Vaccination returns of the Province of Eastern Bengal and Assam - 1905-1912
Year: 1905
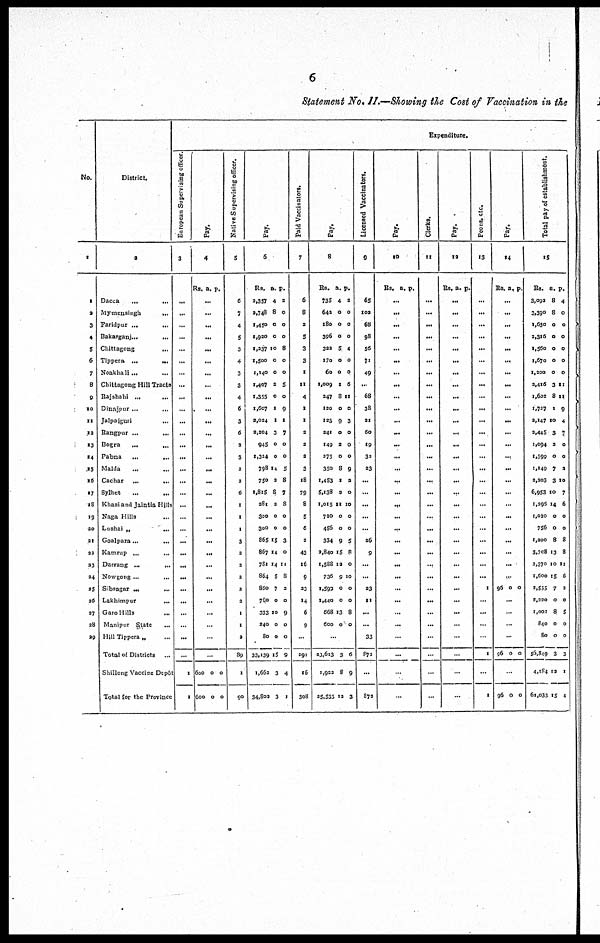
6
Statement No. II.—Showing the Cost of Vaccination in the
No.
1
1
2
3
4
5
6
7
8
9
10
11
12
13
14
15
16
17
18
19
20
21
22
23
24
25
26
27
28
29
District.
2
Dacca
...
...
Mymensingh
...
Faridpur ...
...
Bakarganj...
...
Chittagong
...
Tippera ...
...
Noakhali... ...
Chittagong Hill Tracts
Rajshahi ... ...
Dinajpur...
...
Jalpaiguri ...
Rangpur ...
...
Bogra
...
...
Pabna
...
...
Malda
...
Cachar ...
...
Sylhet
...
Khasi and Jaintia Hills
Naga Hills ...
Lushai „
...
Goalpara...
Kamrup ...
...
Darrang ...
...
Nowgong ... ...
Sibsagar ... ...
Lakhimpur
...
Garo Hills ...
Manipur State
...
Hill Tippera „ ...
Total of Districts ...
Shillong Vaccine Depôt
Total for the Province
Expenditure.
European Supervising officer.
3
...
...
...
...
...
...
...
...
...
...
...
...
...
...
...
...
...
...
...
...
...
...
...
...
...
...
...
...
...
...
1
1
Pay.
4
Rs. a. p.
...
...
...
...
...
...
...
...
...
...
...
...
...
...
...
...
...
...
...
...
...
...
...
...
...
...
...
...
...
...
600
600
0
0
0
0
Native Supervising officer.
5
6
7
4
5
3
4
3
3
4
6
3
6
3
3
2
3
6
1
1
1
3
2
2
2
2
2
1
1
2
89
1
90
Pay.
6
Rs.
2,357
2,748
1,450
1,920
1,237
1,500
1,140
1,407
1,355
1,607
2,034
2,304
945
1,324
798
750
1,815
281
300
300
865
867
781
864
860
780
333
240
80
33,139
1,662
34,802
a.
4
8
0
0
10
0
0
2
0
1
1
3
0
0
14
2
8
3
0
0
15
14
14
5
7
0
10
0
0
15
3
3
p.
2
0
0
0
8
0
0
5
0
9
1
7
0
0
5
8
7
8
0
0
3
0
11
8
2
0
9
0
0
9
4
1
Paid Vaccinators.
7
6
8
2
5
3
3
1
11
4
1
1
2
2
2
3
18
79
8
5
6
2
43
16
9
23
14
6
9
...
292
16
308
Pay.
8
Rs.
735
642
180
396
322
170
60
1,009
247
120
123
241
149
275
350
1,453
5,138
1,015
720
456
334
2,840
1,588
736
1,599
1,440
668
600
a.
4
0
0
0
5
0
0
1
8
0
9
0
2
0
8
1
2
11
0
0
9
15
12
9
0
0
13
0
p.
2
0
0
0
4
0
0
6
11
0
3
0
0
0
9
2
0
10
0
0
5
8
0
10
0
0
8
0
...
23,613
1,922
25,535
3
8
12
6
9
3
Licensed Vaccinators.
9
65
102
68
98
56
71
49
...
68
38
21
60
19
32
23
...
...
...
...
...
26
9
...
...
23
11
...
...
33
872
...
872
Pay.
10
Rs. a. p.
...
...
...
...
...
...
...
...
...
...
...
...
...
...
...
...
...
...
...
...
...
...
...
...
...
...
...
...
...
...
...
...
Clerks.
11
...
...
...
...
...
...
...
...
...
...
...
...
...
...
...
...
...
...
...
...
...
...
...
...
...
...
...
...
...
...
...
...
Pay.
12
Rs. a. p.
...
...
...
...
...
...
...
...
...
...
...
...
...
...
...
...
...
...
...
...
...
...
...
...
...
...
...
...
...
...
...
...
Peons, etc.
13
...
...
...
...
...
...
...
...
...
...
...
...
...
...
...
...
...
...
...
...
...
...
...
...
1
...
...
...
...
1
...
1
Pay.
14
Rs. a. p.
...
...
...
...
...
...
...
...
...
...
...
...
...
...
...
...
...
...
...
...
...
...
...
...
96 0 0
...
...
...
...
96 0 0
...
96 0 0
Total pay of establishment.
15
Rs.
3,092
3,390
1,630
2,316
1,560
1,670
1,200
2,416
1,602
1,727
2,147
2,445
1,094
1,599
1,149
2,203
6,953
1,295
1,020
756
1,200
3,708
2,370
1,600
2,555
2,220
1,002
840
80
56,849
4,184
61,033
a.
8
8
0
0
0
0
0
3
8
1
10
3
2
0
7
3
10
14
0
0
8
12
10
15
7
0
8
0
0
3
12
15
p.
4
0
0
0
0
0
0
11
11
9
4
7
0
0
2
10
7
6
0
0
8
8
11
6
2
0
5
0
0
3
1
4